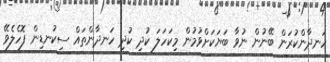
ހަނދާންކުރަން ބޭނުން ނުވާ ބަޔަކަށްވުމުން މިކަހަލަ ކުދި ކުދި ހަނދާންތައް ސިކުނޑިން ފޮހެލެވޭ